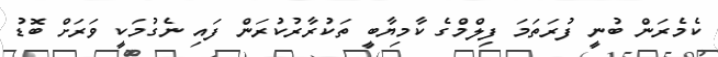
ކެމެރަން ބުނީ ފުރަތަމަ ފިލްމްގެ ކާމިޔާބީ ތަކުރާރުކުރަން ފައި ނެގުމަކީ ވަރަށް ބޮޑު